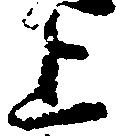
上